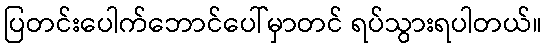
ပြတင်းပေါက်ဘောင်ပေါ်မှာတင် ရပ်သွားရပါတယ်။